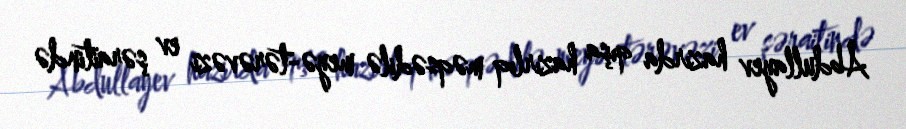
Abdullayev hazırda qışa hazırlıq məqsədilə meyə-tərəvəzi ev şəraitində